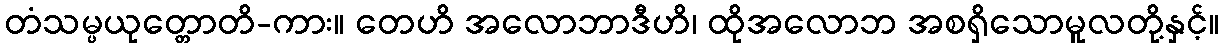
တံသမ္ပယုတ္တောတိ-ကား။ တေဟိ အလောဘာဒီဟိ၊ ထိုအလောဘ အစရှိသောမူလတို့နှင့်။